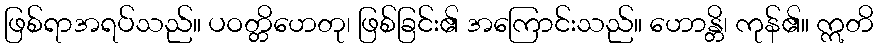
ဖြစ်ရာအရပ်သည်။ ပဝတ္တိဟေတု၊ ဖြစ်ခြင်း၏ အကြောင်းသည်။ ဟောန္တိ၊ ကုန်၏။ ဣတိ